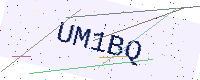
Text: UM1BQ